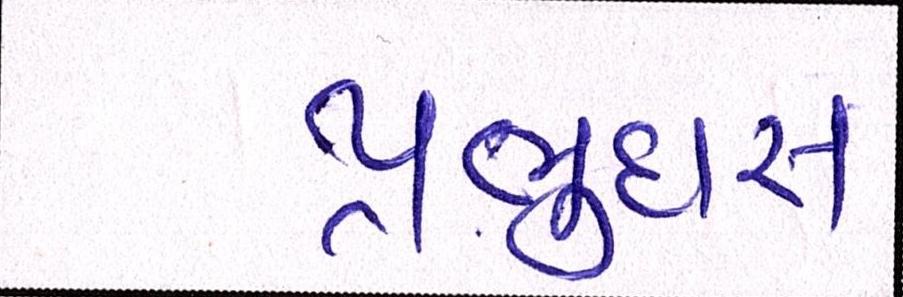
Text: પ્રભુદાસ